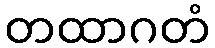
တထာဂတံ